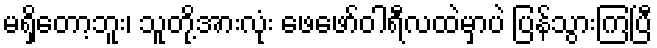
မရှိတော့ဘူး၊ သူတို့အားလုံး ဖေဖော်ဝါရီလထဲမှာပဲ ပြန်သွားကြပြီ